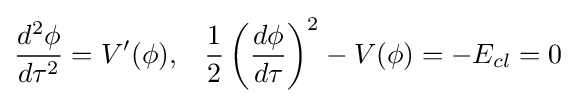
{\frac {d^{2}\phi }{d\tau ^{2}}}=V'(\phi ),\;\;\;{\frac {1}{2}}\left({\frac {d\phi }{d\tau }}\right)^{2}-V(\phi )=-E_{cl}=0